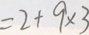
= 2 + 9 \times 3